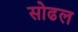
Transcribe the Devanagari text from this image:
सोढल